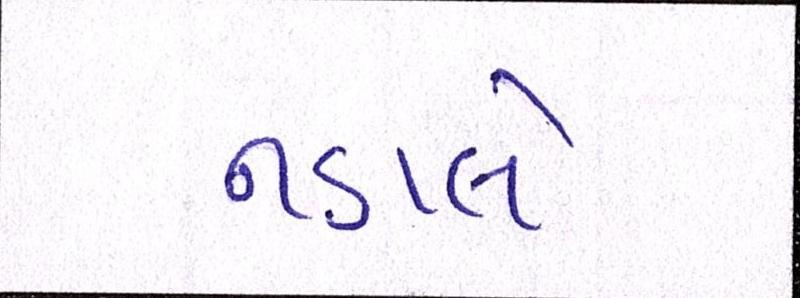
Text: નડાલે